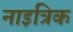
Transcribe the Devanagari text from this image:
नाइत्रिक